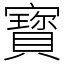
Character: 寳